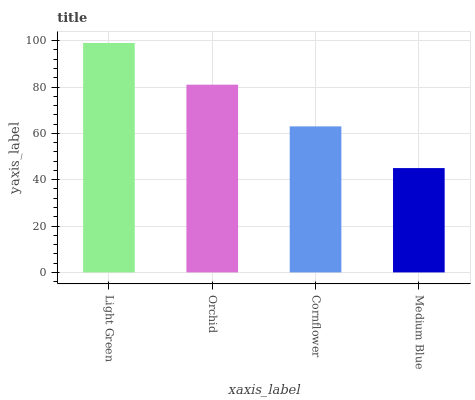
| xaxis_label | bars |
 | --- | --- |
 | Light Green | 99 |
 | Orchid | 81 |
 | Cornflower | 63 |
 | Medium Blue | 45 |